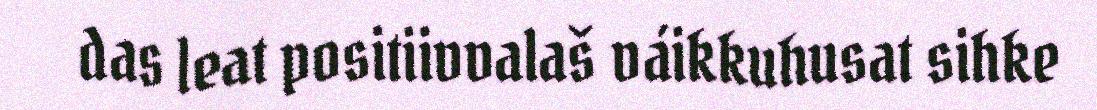
das leat positiivvalaš váikkuhusat sihke